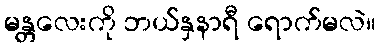
မန္တလေးကို ဘယ်နှနာရီ ရောက်မလဲ။